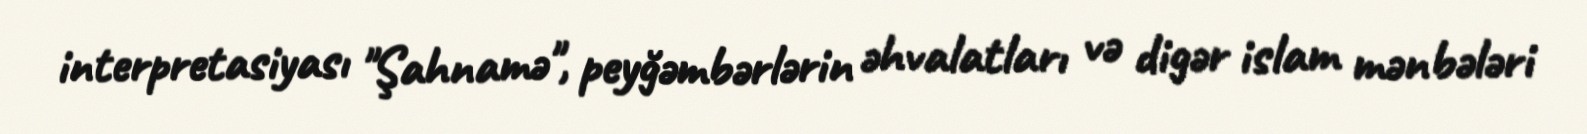
interpretasiyası "Şahnamə", peyğəmbərlərin əhvalatları və digər islam mənbələri